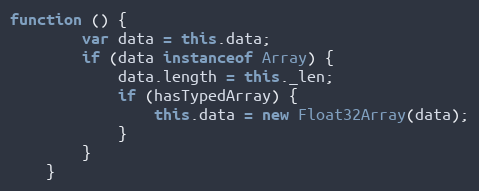
Language: JavaScript
function () {
        var data = this.data;
        if (data instanceof Array) {
            data.length = this._len;
            if (hasTypedArray) {
                this.data = new Float32Array(data);
            }
        }
    }